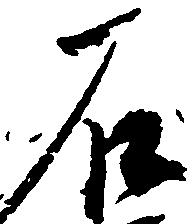
石